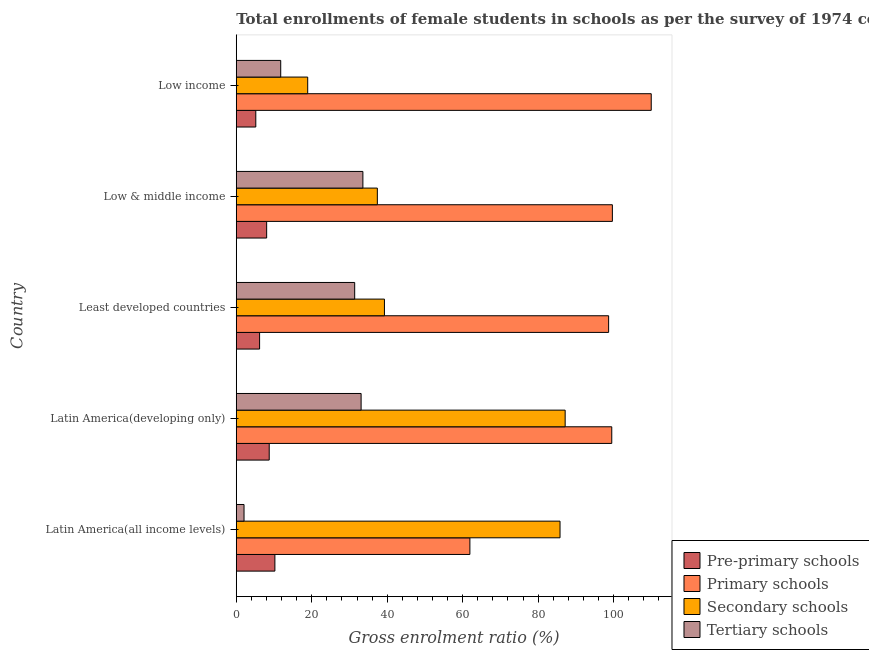
| Country | Pre-primary schools | Primary schools | Secondary schools | Tertiary schools |
 | --- | --- | --- | --- | --- |
 | Latin America(all income levels) | 10.2 | 61.9 | 85.8 | 2.06 |
 | Latin America(developing only) | 8.74 | 99.5 | 87.1 | 33.1 |
 | Least developed countries | 6.18 | 98.7 | 39.3 | 31.4 |
 | Low & middle income | 8.06 | 99.7 | 37.4 | 33.6 |
 | Low income | 5.18 | 110 | 18.9 | 11.8 |